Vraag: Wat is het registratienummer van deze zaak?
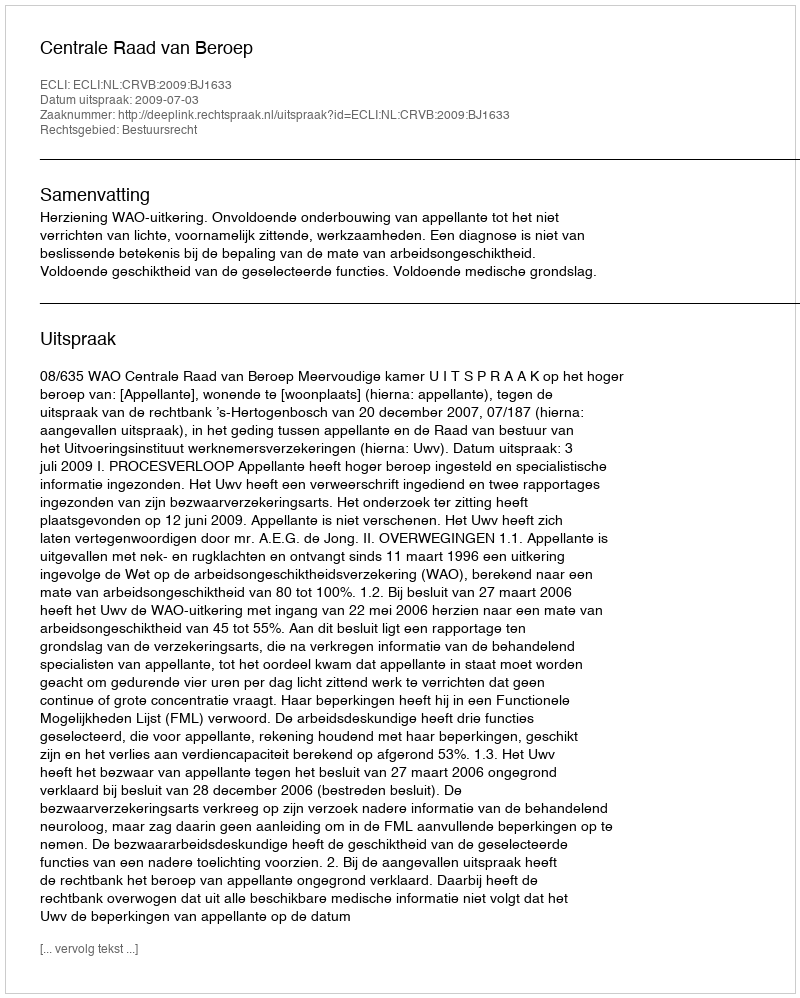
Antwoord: http://deeplink.rechtspraak.nl/uitspraak?id=ECLI:NL:CRVB:2009:BJ1633